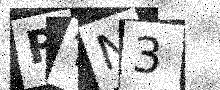
Text: RTN3